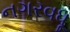
નગરવધૂ